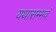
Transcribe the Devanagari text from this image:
यथासम्भवं